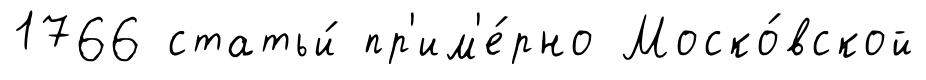
1766 статьи́ пр'им'е́рно Моско́вской